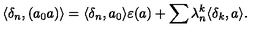
\langle \delta _ { n } , ( a _ { 0 } a ) \rangle = \langle \delta _ { n } , a _ { 0 } \rangle \varepsilon ( a ) + \sum \lambda _ { n } ^ { k } \langle \delta _ { k } , a \rangle .